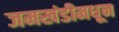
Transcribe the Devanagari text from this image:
जमखंडीमधून